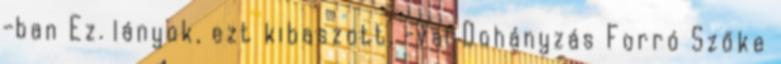
-ban Ez. lányok, ezt kibaszott, -val Dohányzás Forró Szőke